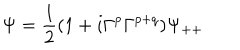
LaTeX: \Psi = { \frac { 1 } { 2 } } ( 1 + i \Gamma ^ { p } \Gamma ^ { p + q } ) \Psi _ { + + }